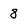
Character: 8